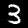
Label: 3